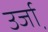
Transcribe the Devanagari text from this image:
उर्जा़